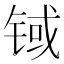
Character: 𲈃